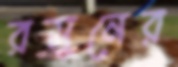
রসুনের